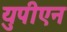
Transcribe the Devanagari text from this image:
युपीएन